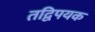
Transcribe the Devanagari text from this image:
तद्विपयक